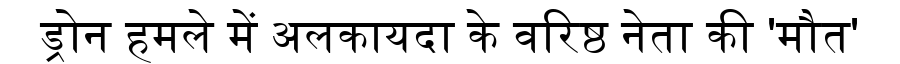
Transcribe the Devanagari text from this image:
ड्रोन हमले में अलकायदा के वरिष्ठ नेता की 'मौत'